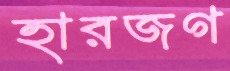
হারজগ